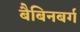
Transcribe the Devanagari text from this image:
बैबिनबर्ग